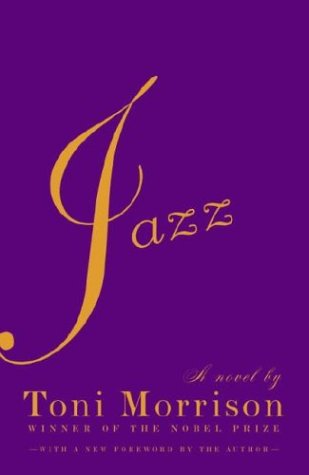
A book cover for Jazz; Toni Morrison; Literature & Fiction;